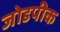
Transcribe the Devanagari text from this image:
जोडपीक